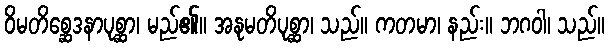
ဝိမတိစ္ဆေဒနာပုစ္ဆာ၊ မည်၏။ အနုမတိပုစ္ဆာ၊ သည်။ ကတမာ၊ နည်း။ ဘဂဝါ၊ သည်။